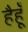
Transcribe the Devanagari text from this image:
हैहूँ